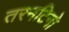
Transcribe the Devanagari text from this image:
तरनटिनो